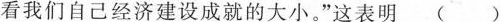
看我们自己经济建设成就的大小。”这表明 ( )